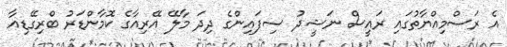
އެ ރަސްމިއްޔާތުގައި ރައީސް ނަޝީދު ސިފައިންގެ ދިދަ މާލޭ އޭރިއާގެ ކޮމާންޑަރު ބްރިގޭޑިއާ